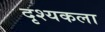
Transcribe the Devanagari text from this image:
दृश्‍यकला